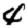
Digit: 4